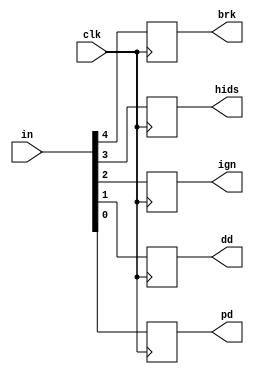
`timescale 10ps/1ps
module Debouncer(in,brk,hids,ign,dd,pd,clk);
 output reg brk,hids,ign,dd,pd;
 input [4:0]in;
 input clk;
 always@(posedge clk)
 begin
   #1 brk<=in[4];
   #1 hids<=in[3];
   #1 ign<=in[2];
   #1 dd<=in[1];
   #1 pd<=in[0];
 end
endmodule

module fuel_pump(ign,hids,brk,clk,power,reset);
 input ign,hids,clk,brk,reset;
 output reg power;
 `define on 1'b1;
 `define off 1'b0;
 reg state;
 always@(posedge clk)
 begin
   if(reset==1'b1)
   begin
     power=`off;
     state=`off;
   end
   if(state == 1'b0)
   begin
     if((ign & hids & brk) == 1'b1) 
     begin
       power=`on;
       state=`on;
     end
   end
   else if (state== 1'b1)
   begin
     if(ign==1'b0)
     begin
       power=`off;
       state=`off;
     end
   end
 end
endmodule

module anti_theft_fsm(ign,dd,pd,st,exp,stat,siren,clk,start,ck,reset);
 input ign,dd,pd,exp,clk,ck,reset;
 output reg siren,stat,start;
 output reg [1:0]st;
 reg [2:0]p_state;
 reg[2:0] star;
 reg [1:0] k=2'd0;
 always@(negedge clk)
 begin
   if(reset==1'b1)
     k=2'd0;
   if(star==1'b1)
   begin
     k=k+2'd1;
     if(k==2'd2)
     begin
       k=2'd0;
       start=1'b1;     
     end
   end 
   else if(star==1'b0)
   begin
     k=1'd0;
     start=1'b0;   
   end
   if(p_state==3'd0)
   begin
    stat<=ck;
   end 
   if(reset==1'b1)
   begin
     p_state<=3'd0;
     st<=2'dz;
     siren<=1'b0;
   end
   if(p_state==3'd0)
    begin
     if((dd==1'b1 | pd==1'b1) & ign==1'b0)
     begin
       star<=1'b1;
       siren<=1'b0;
       if(dd==1'b1 & pd==1'b0)
       st<=2'd1;
       else if(pd==1'b1)
       st<=2'd2;
       p_state<= 3'd4;
     end
     else if(ign==1'b1)
     begin
       star<=1'b0;
       st<=2'dz;
       stat<=1'b0;
       siren<=1'b0;
       p_state<=3'd2;
     end
    end
    else if(p_state==3'd1) 
    begin
      if(dd==1'b0 & pd==1'b0 & ign==1'b0 & siren==1'b1 & exp==1'b1)
      begin
       star<=1'b0;
       st<=2'dz;
       siren<=1'b0;
       stat<=ck;
       p_state<=3'd0;
      end
      else if(ign==1'b1)
      begin
       star<=1'b0;
       st<=2'bz;
       stat<=1'b0;
       siren<=1'b0;
       p_state<=3'd2;
      end
      else if((dd==1'b1 | pd==1'b1) & ign==1'b0 & siren==1'b1)
      begin
       star<=1'b0;
       st<=2'bz;
       stat<=1'b1;
       siren<=1'b1;
       p_state<=3'd5;
      end 
    end
    else if(p_state==3'd2) 
    begin
      if(dd==1'b0 & pd==1'b0 & ign==1'b0 & siren==1'b0)
      begin
       star<=1'b1;
       st<=2'd0;
       stat<=1'b1;
       siren<=1'b0;
       p_state<=3'd7; 
      end
      else if((dd==1'b1 | pd==1'b1) & ign==1'b0 & siren==1'b0)
      begin
       star<=1'b0;
       st<=2'dz;
       stat<=1'b0;
       siren<=1'b0;
       p_state<=3'd4;
     end
    end
    else if(p_state==3'd4) 
    begin
      if(ign==1'b1)
      begin   
       star<=1'b0;
       st<=2'dz;
       stat<=1'b0;
       siren<=1'b0;
       p_state<=3'd2;
      end
      else if((dd==1'b1 | pd==1'b1) & ign==1'b0 & siren==1'b0 & exp==1'b1)
      begin
       star<=1'b0;
       st<=1'bz;
       stat<=1'b1;
       siren<=1'b1;
       p_state<=3'd5;
      end
      else if(dd==1'b0 & pd==1'b0 & ign==1'b0 & siren==1'b0  & start==1'b0)
      begin
       star<=1'b1;
       st<=2'd0;
       stat<=1'b1;
       siren<=1'b0;
       p_state<=3'd7;
      end
      else if(dd==1'b0 & pd==1'b0 & ign==1'b0 & siren==1'b0 & start==1'b1)
      begin
        star<=1'b0;
        siren<=1'b0;
        st<=2'dz;
        stat<=ck;
        p_state<=3'd0;
      end
    end
    else if(p_state==3'd5) 
    begin
     if(ign==1'b1)
     begin
       star<=1'b0;
       st<=2'bz;
       stat<=1'b0;
       siren<=1'b0;
       p_state<=3'd2;
     end
      else if(dd==1'b0 & pd==1'b0 & ign==1'b0  & siren==1'b1)
      begin
       star<=1'b1;
       st<=2'd3;
       stat<=1'b1;
       siren<=1'b1;
       p_state<=3'd1;
      end
    end
    else if(p_state==3'd7) 
    begin
      if(dd==1'b0 & pd==1'b0 & ign==1'b0 & siren==1'b0 & exp==1'b1)
      begin
       star<=1'b0;
       siren<=1'b0;
       st<=2'dz;
       stat<=ck;
       p_state<=3'd0;
      end
      else if((dd==1'b1 | pd==1'b1) & ign==1'b0 & siren==1'b0)
      begin
       star=1'b0;
       stat<=1'b0;
       st<=2'dz;
       siren<=1'b0;
       p_state<=3'd4;
      end
      else if(ign==1'b1)
      begin
       star<=1'b0;
       stat<=1'b0;
       st<=2'dz;
       siren<=1'b0;
       p_state<=3'd2;
      end
    end
  end
endmodule

module divider(clk,ck,reset);
 input reset,clk;
 output reg ck;
 reg p_clk2;
 reg [39:0]cnt2;
 always@(posedge clk)
 begin
  if(reset==1'b1)
  begin
   p_clk2=1'b0;
   cnt2=0;
  end;
  cnt2=cnt2+1;
  if(cnt2==40'd1000000000000)
  begin
   ck=~p_clk2;
   p_clk2=ck;
   cnt2=40'd0;  
  end
 end
endmodule

module Timer(exp,start,clk,st,reset);
 reg [3:0]val;
 reg [1:0]a;
 input [1:0]st;
 input start,clk,reset;
 reg clk_reset;
 output reg exp;
 reg [3:0]count;
 reg [3:0]T_arm_delay=4'd10, T_driver_delay=4'd8, T_pass_delay=4'd15, T_alarm_delay=4'd3;
 reg [38:0] cnt;
 always@(negedge clk)
 begin
   if(exp==1'b1)
   begin
     a<=a+1;
     if(a==2'd3)
     begin
       a<=2'd0;
       exp=1'b0;
     end   
   end
   if(reset==1'b1)
    begin
      val<=T_driver_delay;
      count<=T_driver_delay;
      a<=2'd0;
      cnt=1'b1;
    end 
   case(st)
     2'd0 : begin val<=T_arm_delay; end
     2'd1 : begin val<=T_driver_delay; end
     2'd2 : begin val<=T_pass_delay; end
     2'd3 : begin val<=T_alarm_delay; end
   endcase    
   if(start==1'b0)
   begin
     count<=val;   
   end
   cnt=cnt+1;
   if(cnt==39'd500000000000)
   begin
     if(start==1'b1)
     begin
       count<=count-1;
       if(count==0) 
       begin
         exp=1'b1;
         clk_reset=1'b1;
        end       
     end
     else begin clk_reset=1'b0; exp=1'b0; end
     if(clk_reset==1'b1) begin count<=val; end
     cnt=39'd0;
   end
  end
endmodule

module Car_alarm_system(in,reset,power,siren,stat,clk);
 input reset,clk;
 input [4:0]in;
 output power,siren,stat;
 wire [1:0] st;
 wire ck,dd,pd,brk,hids,ign,exp,start;
 Debouncer D1(in,brk,hids,ign,dd,pd,clk);
 fuel_pump f1(ign,hids,brk,clk,power,reset);
 anti_theft_fsm a1(ign,dd,pd,st,exp,stat,siren,clk,start,ck,reset); 
 Timer tim(exp,start,clk,st,reset);
 divider d1(clk,ck,reset);
endmodule